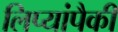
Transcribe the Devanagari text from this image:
लिप्यांपैकी